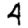
Digit: 4